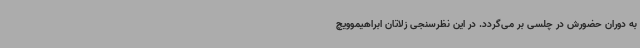
به دوران حضورش در چلسی بر می‌گردد. در این نظرسنجی زلاتان ابراهیموویچ